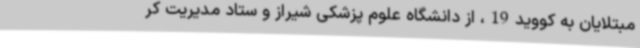
مبتلایان به کووید19، از دانشگاه علوم پزشکی شیراز و ستاد مدیریت کر